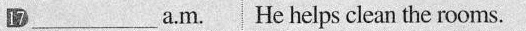
17 ___ a.m. He helps clean the rooms.